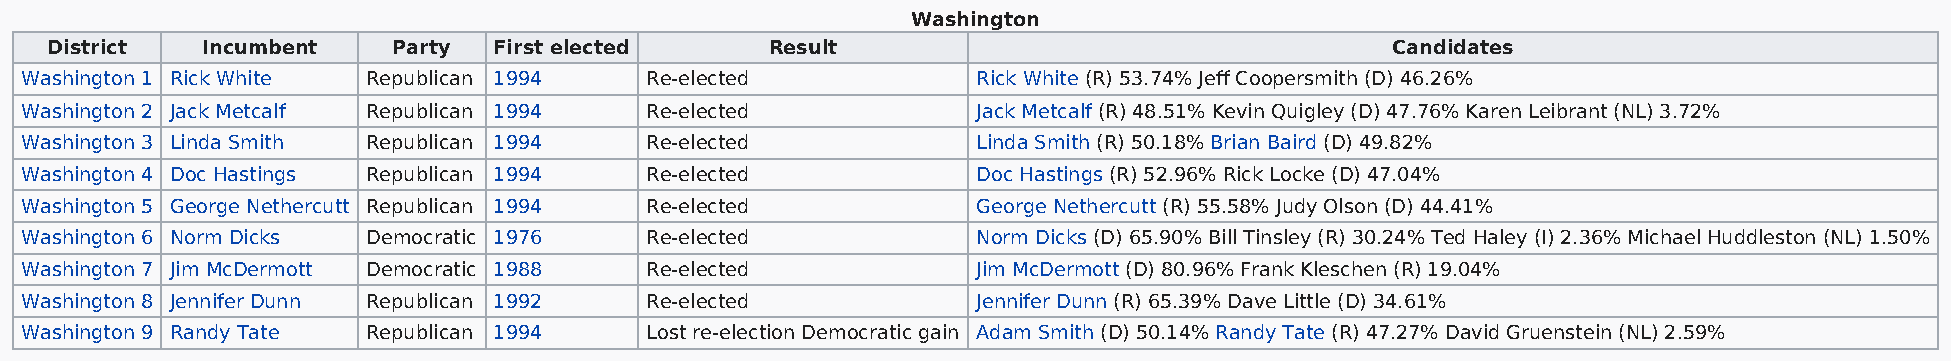
Washington
 District  Incumbent    Party  First elected     Result                                   Candidates
 Washington 1 Rick White Republican 1994   Re-elected            Rick White (R) 53.74% Jeff Coopersmith (D) 46.26%
 Washington 2 Jack Metcalf Republican 1994 Re-elected            Jack Metcalf (R) 48.51% Kevin Quigley (D) 47.76% Karen Leibrant (NL) 3.72%
 Washington 3 Linda Smith Republican 1994  Re-elected            Linda Smith (R) 50.18% Brian Baird (D) 49.82%
 Washington 4 Doc Hastings Republican 1994 Re-elected            Doc Hastings (R) 52.96% Rick Locke (D) 47.04%
 Washington 5 George Nethercutt Republican 1994 Re-elected       George Nethercutt (R) 55.58% Judy Olson (D) 44.41%
 Washington 6 Norm Dicks Democratic 1976   Re-elected            Norm Dicks (D) 65.90% Bill Tinsley (R) 30.24% Ted Haley (I) 2.36% Michael Huddleston (NL) 1.50%
 Washington 7 Jim McDermott Democratic 1988 Re-elected           Jim McDermott (D) 80.96% Frank Kleschen (R) 19.04%
 Washington 8 Jennifer Dunn Republican 1992 Re-elected           Jennifer Dunn (R) 65.39% Dave Little (D) 34.61%
 Washington 9 Randy Tate Republican 1994   Lost re-election Democratic gain Adam Smith (D) 50.14% Randy Tate (R) 47.27% David Gruenstein (NL) 2.59%